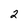
Character: 2